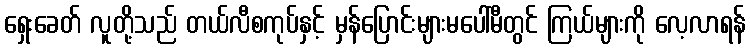
ရှေးခေတ် လူတို့သည် တယ်လီစကုပ်နှင့် မှန်ပြောင်းများမပေါ်မီတွင် ကြယ်များကို လေ့လာရန်